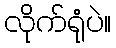
လိုက်ရုံပဲ။